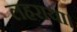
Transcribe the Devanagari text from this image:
लहराया।